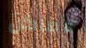
لأماكن